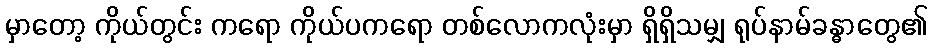
မှာတော့ ကိုယ်တွင်း ကရော ကိုယ်ပကရော တစ်လောကလုံးမှာ ရှိရှိသမျှ ရုပ်နာမ်ခန္ဓာတွေ၏